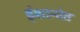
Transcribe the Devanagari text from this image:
ईशान्येत